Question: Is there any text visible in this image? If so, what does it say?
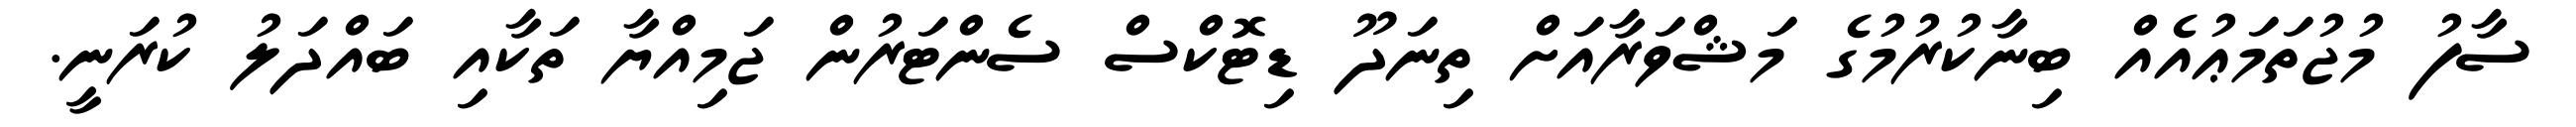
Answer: ސާފު މުޖުތަމަޢުއެއް ބިނާކުރުމުގެ މަޝްވަރާއަށް ތިނަދޫ ޑިޓޮކްސް ސެންޓަރުން ޖަމިއްޔާ ތަކާއި ބައްދަލު ކުރަނީ.